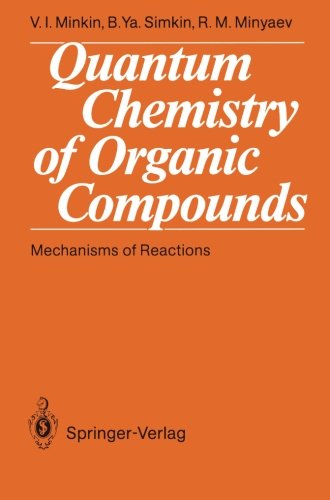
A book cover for Quantum Chemistry of Organic Compounds: Mechanisms of Reactions; Vladimir I. Minkin; Science & Math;